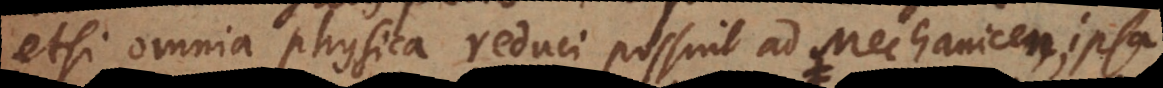
etsi omnia physica reduci possint ad Mechanicen, ipsa